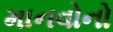
માનવોનો